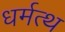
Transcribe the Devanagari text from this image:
धर्मत्थ